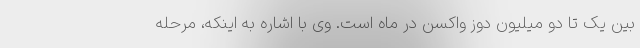
بین یک تا دو میلیون دوز واکسن در ماه است. وی با اشاره به اینکه، مرحله